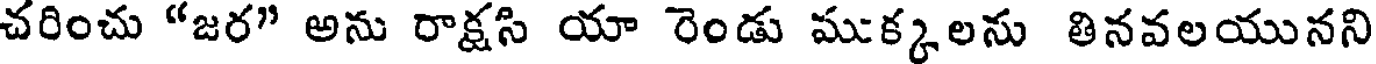
చరించు "జర" అను రాక్షసి యా రెండు ముక్కలను తినవలయునని